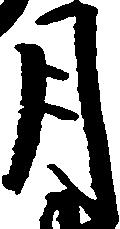
月